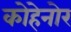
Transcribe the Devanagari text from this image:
कोहेनोर